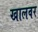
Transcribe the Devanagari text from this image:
खालवर